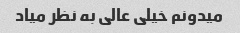
میدونم خیلی عالی به نظر میاد